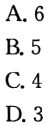
A. 6
B. 5
C. 4
D. 3